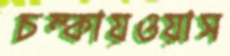
চম্‌কায়ওয়াস